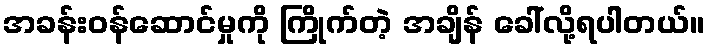
အခန်းဝန်ဆောင်မှုကို ကြိုက်တဲ့ အချိန် ခေါ်လို့ရပါတယ်။